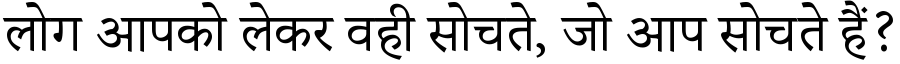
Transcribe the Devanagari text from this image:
लोग आपको लेकर वही सोचते, जो आप सोचते हैं?